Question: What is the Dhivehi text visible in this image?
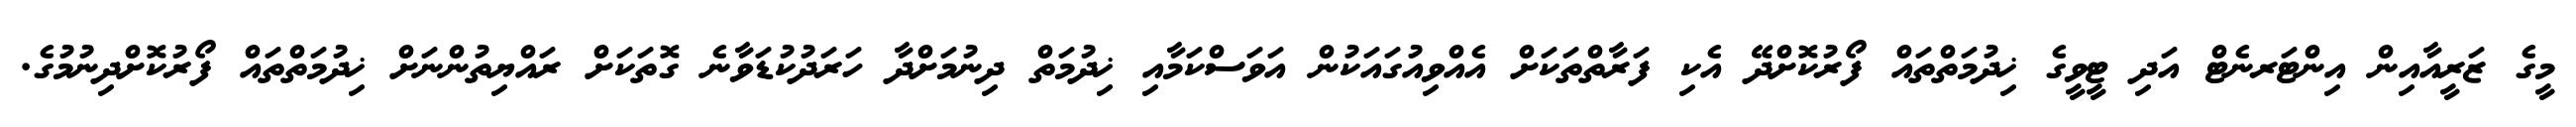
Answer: މީގެ ޒަރީއާއިން އިންޓަރނެޓް އަދި ޓީވީގެ ޚިދުމަތްތައް ފޯރުކޮށްދޭ އެކި ފަރާތްތަކަށް އެއްވިއުގައަކުން އަވަސްކަމާއި ޚިދުމަތް ދިނުމަށްދާ ހަރަދުކުޑަވާނެ ގޮތަކަށް ރައްޔިތުންނަށް ޚިދުމަތްތައް ފޯރުކޮށްދިނުމުގެ.